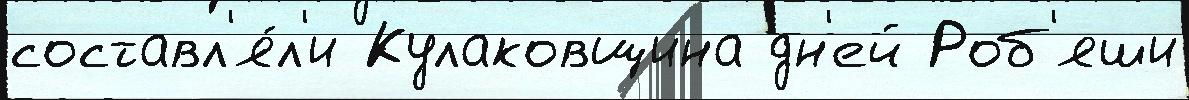
составл'я́л'и Кулаковщина дн'ей Роб'яши